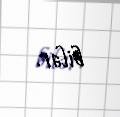
bilər.